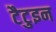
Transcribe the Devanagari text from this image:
टैटुइन